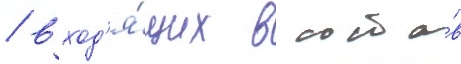
/ вход'я́щих в соста́в